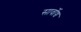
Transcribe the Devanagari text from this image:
सार्वोच्च